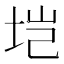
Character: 垲